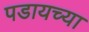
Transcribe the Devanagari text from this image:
पडायच्या